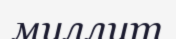
муллит